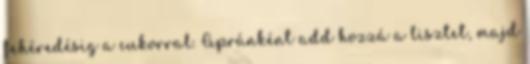
fehéredésig a cukorral. Apránként add hozzá a lisztet, majd